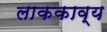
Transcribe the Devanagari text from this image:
लाककाव्य